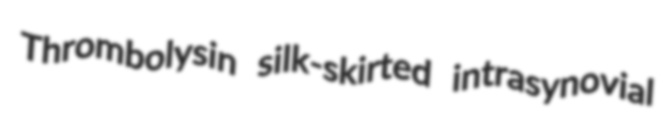
Thrombolysin silk-skirted intrasynovial